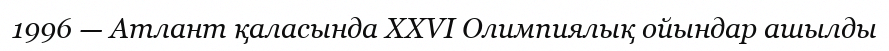
1996 — Атлант қаласында XXVI Олимпиялық ойындар ашылды